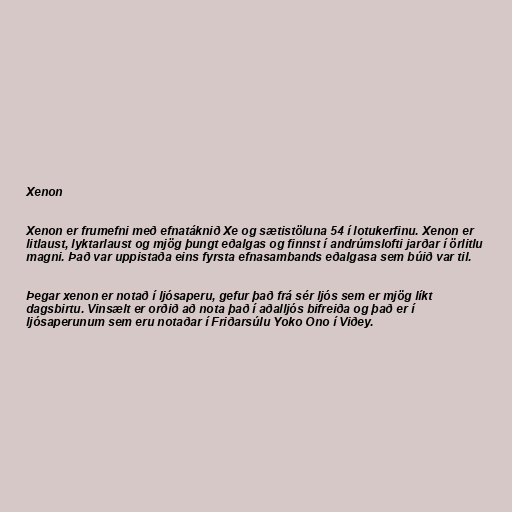
Xenon

Xenon er frumefni með efnatáknið Xe og sætistöluna 54 í lotukerfinu. Xenon er
litlaust, lyktarlaust og mjög þungt eðalgas og finnst í andrúmslofti jarðar í örlitlu
magni. Það var uppistaða eins fyrsta efnasambands eðalgasa sem búið var til.

Þegar xenon er notað í ljósaperu, gefur það frá sér ljós sem er mjög líkt
dagsbirtu. Vinsælt er orðið að nota það í aðalljós bifreiða og það er í
ljósaperunum sem eru notaðar í Friðarsúlu Yoko Ono í Viðey.